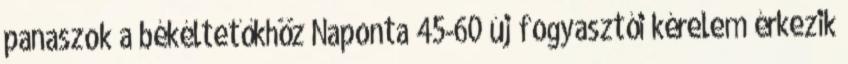
panaszok a békéltetőkhöz Naponta 45-60 új fogyasztói kérelem érkezik